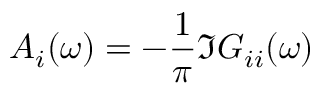
A _ { i } ( \omega ) = - \frac { 1 } { \pi } \Im G _ { i i } ( \omega )